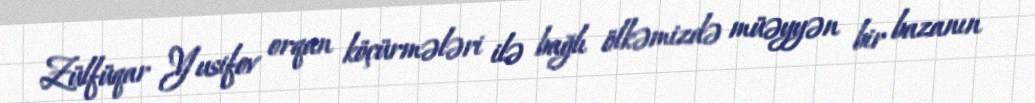
Zülfüqar Yusifov orqan köçürmələri ilə bağlı ölkəmizdə müəyyən bir bazanın